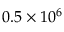
0 . 5 \times 1 0 ^ { 6 }